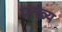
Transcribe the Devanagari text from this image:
प्रत्ख्य